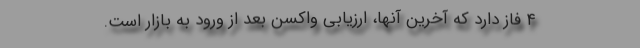
۴ فاز دارد که آخرین آنها، ارزیابی واکسن بعد از ورود به بازار است.